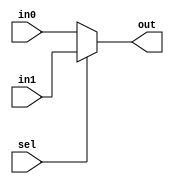
module MUX2x1(
				out,
				sel,
				in0,
				in1
);

	parameter width = 8;
	
	output	wire	[width - 1 : 0]	out;
	input	wire					sel;
	input	wire	[width - 1 : 0]	in0;
	input	wire	[width - 1 : 0]	in1;
	
	assign	out	=	(sel == 2'h0)	?	in0	:	in1;
	
endmodule




module MUX4x1(
				out,
				sel,
				in0,
				in1,
				in2,
				in3
);

	parameter width = 8;
	
	output	wire	[width - 1 : 0]	out;
	input	wire	[1:0]			sel;
	input	wire	[width - 1 : 0]	in0;
	input	wire	[width - 1 : 0]	in1;
	input	wire	[width - 1 : 0]	in2;
	input	wire	[width - 1 : 0]	in3;
	
	assign	out	=	(sel == 2'h0)	?	in0	:
					(sel == 2'h1)	?	in1	:
					(sel == 2'h2)	?	in2	:	in3;
					
endmodule




module MUX8x1(
				out,
				sel,
				in0,
				in1,
				in2,
				in3,
				in4,
				in5,
				in6,
				in7
);

	parameter width = 8;
	
	output	wire	[width - 1 : 0]	out;
	input	wire	[2:0]			sel;
	input	wire	[width - 1 : 0]	in0;
	input	wire	[width - 1 : 0]	in1;
	input	wire	[width - 1 : 0]	in2;
	input	wire	[width - 1 : 0]	in3;
	input	wire	[width - 1 : 0]	in4;
	input	wire	[width - 1 : 0]	in5;
	input	wire	[width - 1 : 0]	in6;
	input	wire	[width - 1 : 0]	in7;
	
	assign	out	=	(sel == 3'h0)	?	in0	:
					(sel == 3'h1)	?	in1	:
					(sel == 3'h2)	?	in2	:
					(sel == 3'h3)	?	in3	:	
					(sel == 3'h4)	?	in4	:	
					(sel == 3'h5)	?	in5	:	
					(sel == 3'h6)	?	in6	:	in7;
					
endmodule